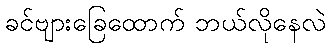
ခင်ဗျားခြေထောက် ဘယ်လိုနေလဲ